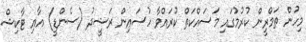
މިހުން ތަމްރީން ކުރުމުގައި މަސައްކަތް ކުރައްވާ ހުސައިން ރަޝީދު (ސެންޑީ) އާއި ޓާކިޝް